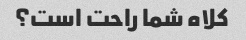
کلاه شما راحت است؟